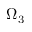
\Omega _ { 3 }